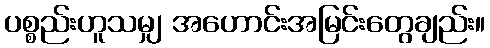
ပစ္စည်းဟူသမျှ အဟောင်းအမြင်းတွေချည်း။